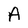
Character: A